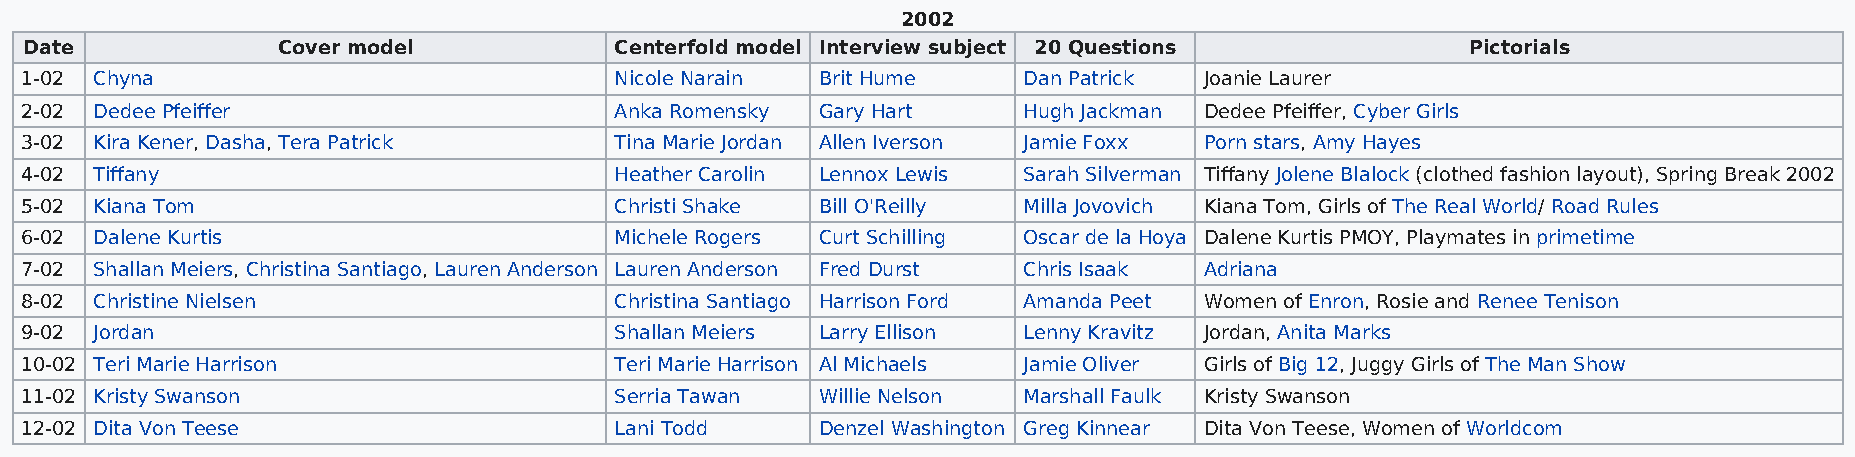
2002
 Date            Cover model            Centerfold model Interview subject 20 Questions         Pictorials
 1-02 Chyna                              Nicole Narain Brit Hume    Dan Patrick Joanie Laurer
 2-02 Dedee Pfeiffer                     Anka Romensky Gary Hart    Hugh Jackman Dedee Pfeiffer, Cyber Girls
 3-02 Kira Kener, Dasha, Tera Patrick    Tina Marie Jordan Allen Iverson Jamie Foxx Porn stars, Amy Hayes
 4-02 Tiffany                            Heather Carolin Lennox Lewis Sarah Silverman Tiffany Jolene Blalock (clothed fashion layout), Spring Break 2002
 5-02 Kiana Tom                          Christi Shake Bill O'Reilly Milla Jovovich Kiana Tom, Girls of The Real World/ Road Rules
 6-02 Dalene Kurtis                      Michele Rogers Curt Schilling Oscar de la Hoya Dalene Kurtis PMOY, Playmates in primetime
 7-02 Shallan Meiers, Christina Santiago, Lauren Anderson Lauren Anderson Fred Durst Chris Isaak Adriana
 8-02 Christine Nielsen                  Christina Santiago Harrison Ford Amanda Peet Women of Enron, Rosie and Renee Tenison
 9-02 Jordan                             Shallan Meiers Larry Ellison Lenny Kravitz Jordan, Anita Marks
 10-02 Teri Marie Harrison               Teri Marie Harrison Al Michaels Jamie Oliver Girls of Big 12, Juggy Girls of The Man Show
 11-02 Kristy Swanson                    Serria Tawan Willie Nelson Marshall Faulk Kristy Swanson
 12-02 Dita Von Teese                    Lani Todd    Denzel Washington Greg Kinnear Dita Von Teese, Women of Worldcom